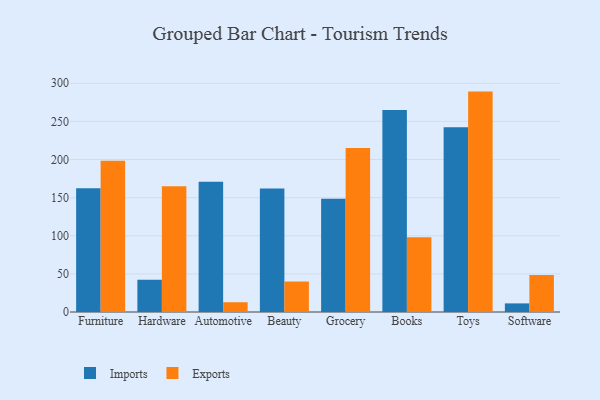
{"axis": {"x": "Category", "y": "Website Visitors"}, "legend": ["Exports", "Imports"], "data": [{"x": "Furniture", "y": 162.4, "type": "Imports"}, {"x": "Furniture", "y": 198.5, "type": "Exports"}, {"x": "Hardware", "y": 42.3, "type": "Imports"}, {"x": "Hardware", "y": 165.0, "type": "Exports"}, {"x": "Automotive", "y": 170.9, "type": "Imports"}, {"x": "Automotive", "y": 12.8, "type": "Exports"}, {"x": "Beauty", "y": 162.0, "type": "Imports"}, {"x": "Beauty", "y": 40.0, "type": "Exports"}, {"x": "Grocery", "y": 148.5, "type": "Imports"}, {"x": "Grocery", "y": 215.1, "type": "Exports"}, {"x": "Books", "y": 265.0, "type": "Imports"}, {"x": "Books", "y": 98.1, "type": "Exports"}, {"x": "Toys", "y": 242.4, "type": "Imports"}, {"x": "Toys", "y": 289.1, "type": "Exports"}, {"x": "Software", "y": 11.3, "type": "Imports"}, {"x": "Software", "y": 48.4, "type": "Exports"}]}